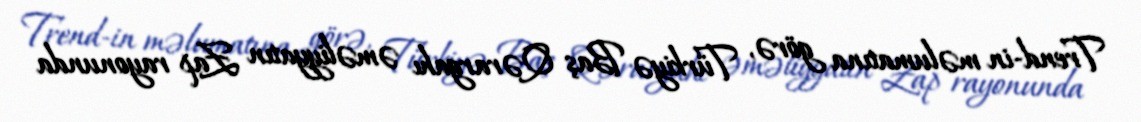
Trend-in məlumatına görə, Türkiyə Baş Qərargahı əməliyyatın Zap rayonunda